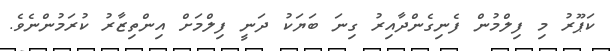
ކަޕޫރު މި ފިލްމުން ފެނިގެންދާއިރު ގިނަ ބަޔަކު ދަނީ ފިލްމަށް އިންތިޒާރު ކުރަމުންނެވެ.